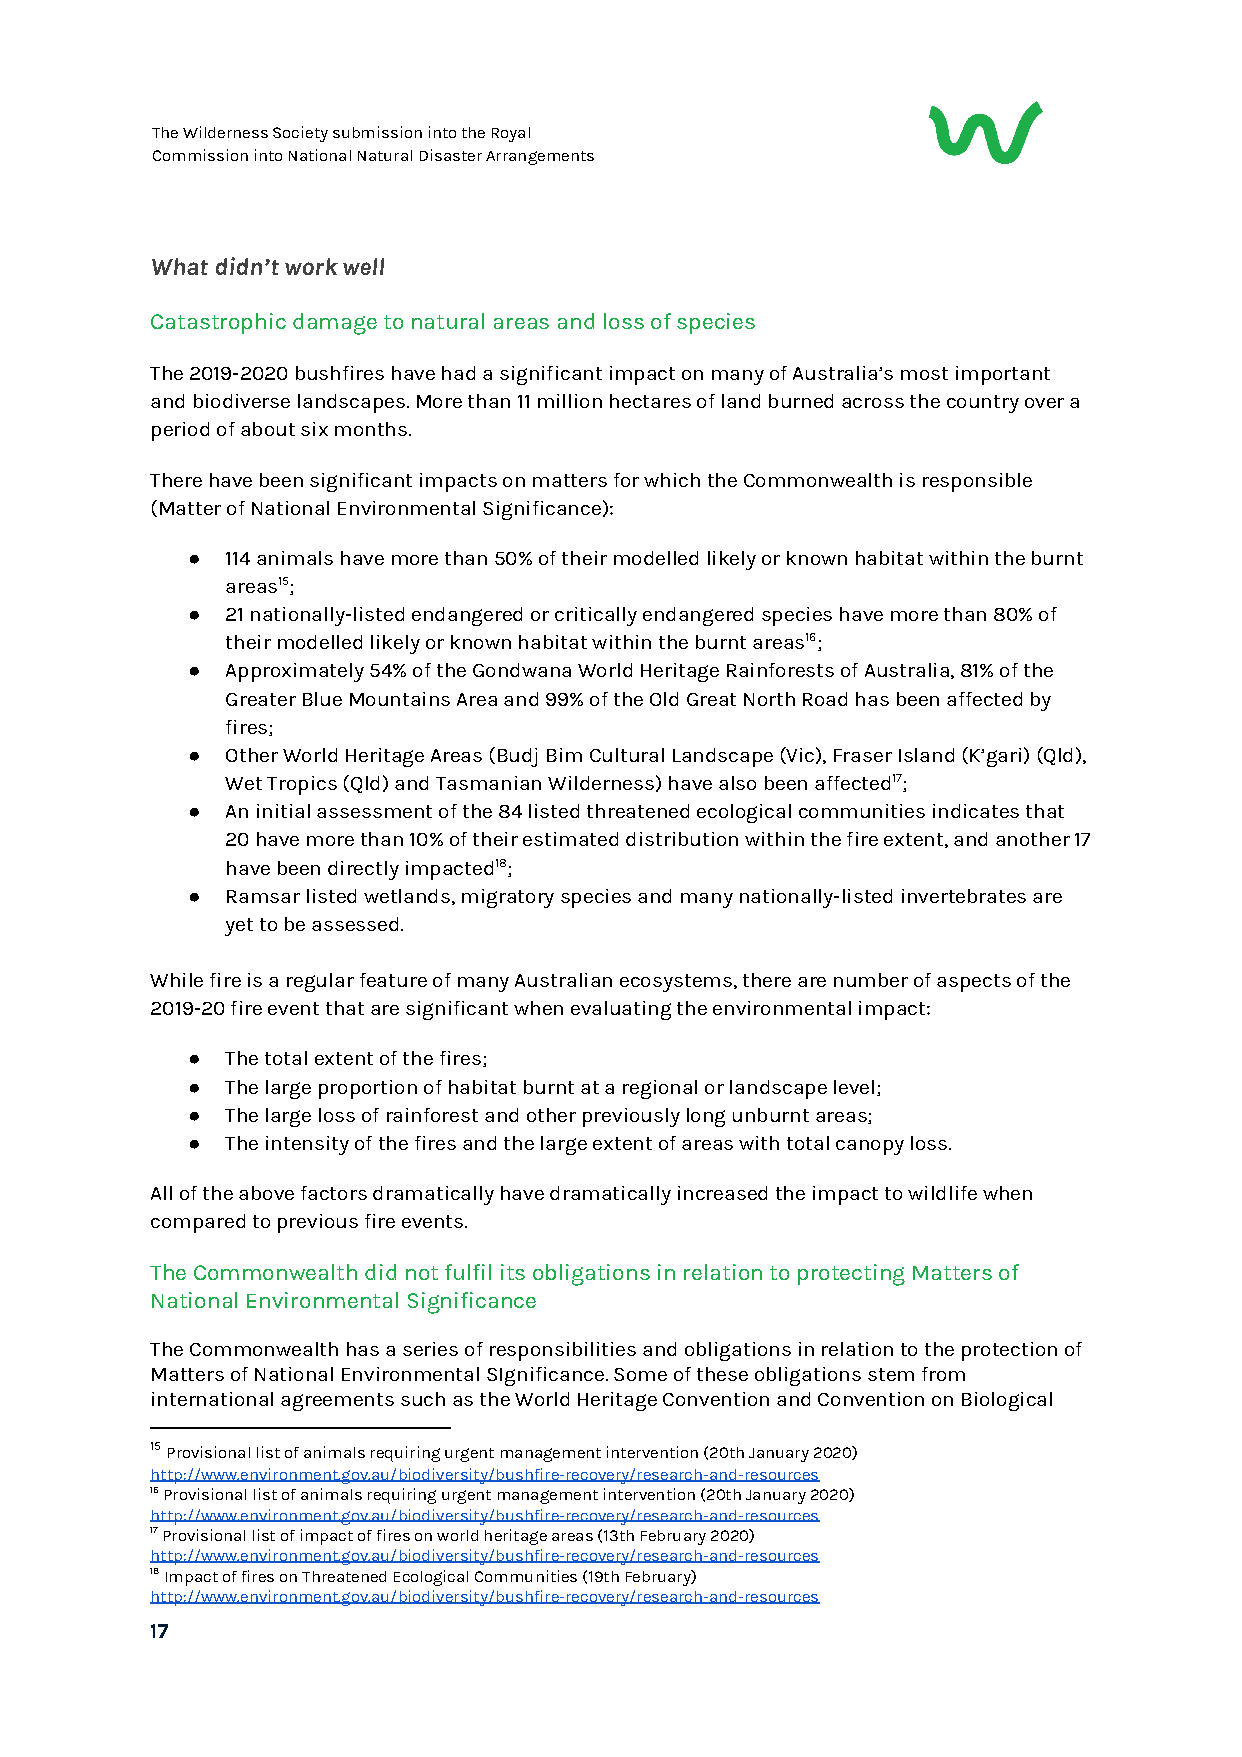
The Wilderness Society submission into the Royal
 Commission into National Natural Disaster Arrangements
 What didn’t work well
 Catastrophic damage to natural areas and loss of species
 The 2019-2020 bushfires have had a significant impact on many of Australia’s most important
 and biodiverse landscapes. More than 11 million hectares of land burned across the country over a
 period of about six months.
 There have been significant impacts on matters for which the Commonwealth is responsible
 (Matter of National Environmental Significance):
 ●  114 animals have more than 50% of their modelled likely or known habitat within the burnt
 areas15;
 ●  21 nationally-listed endangered or critically endangered species have more than 80% of
 their modelled likely or known habitat within the burnt areas16;
 ●  Approximately 54% of the Gondwana World Heritage Rainforests of Australia, 81% of the
 Greater Blue Mountains Area and 99% of the Old Great North Road has been affected by
 fires;
 ●  Other World Heritage Areas (Budj Bim Cultural Landscape (Vic), Fraser Island (K’gari) (Qld),
 Wet Tropics (Qld) and Tasmanian Wilderness) have also been affected17;
 ●  An initial assessment of the 84 listed threatened ecological communities indicates that
 20 have more than 10% of their estimated distribution within the fire extent, and another 17
 have been directly impacted18;
 ●  Ramsar listed wetlands, migratory species and many nationally-listed invertebrates are
 yet to be assessed.
 While fire is a regular feature of many Australian ecosystems, there are number of aspects of the
 2019-20 fire event that are significant when evaluating the environmental impact:
 ●  The total extent of the fires;
 ●  The large proportion of habitat burnt at a regional or landscape level;
 ●  The large loss of rainforest and other previously long unburnt areas;
 ●  The intensity of the fires and the large extent of areas with total canopy loss.
 All of the above factors dramatically have dramatically increased the impact to wildlife when
 compared to previous fire events.
 The Commonwealth did not fulfil its obligations in relation to protecting Matters of
 National Environmental Significance
 The Commonwealth has a series of responsibilities and obligations in relation to the protection of
 Matters of National Environmental SIgnificance. Some of these obligations stem from
 international agreements such as the World Heritage Convention and Convention on Biological
 15 Provisional list of animals requiring urgent management intervention (20th January 2020)
 ​
 http://www.environment.gov.au/biodiversity/bushfire-recovery/research-and-resources
 16 Provisional list of animals requiring urgent management intervention (20th January 2020)
 http://www.environment.gov.au/biodiversity/bushfire-recovery/research-and-resources
 17 Provisional list of impact of fires on world heritage areas (13th February 2020)
 http://www.environment.gov.au/biodiversity/bushfire-recovery/research-and-resources
 18 Impact of fires on Threatened Ecological Communities (19th February)
 http://www.environment.gov.au/biodiversity/bushfire-recovery/research-and-resources
 17